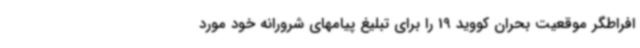
افراطگر موقعیت بحران کووید 19 را برای تبلیغ پیامهای شرورانه خود مورد